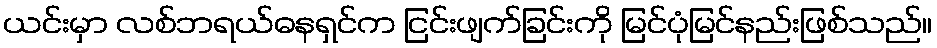
ယင်းမှာ လစ်ဘရယ်ဓနရှင်က ငြင်းဖျက်ခြင်းကို မြင်ပုံမြင်နည်းဖြစ်သည်။